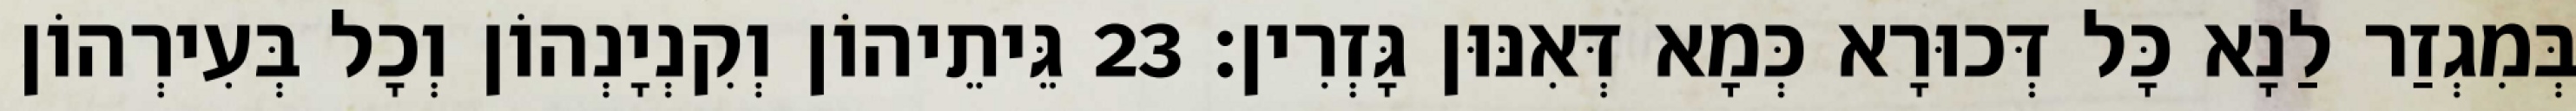
בְּמִגְזַר לַנָא כָּל דְּכוּרָא כְּמָא דְּאִנּוּן גָּזְרִין׃ 23 גֵּיתֵיהוֹן וְקִנְיָנְהוֹן וְכָל בְּעִירְהוֹן